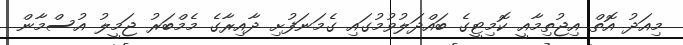
މިއަދު އޮތް އިޖުތިމާއީ ކޮމިޓީގެ ބައްދަލުވުމުގައި ގެމަނަފުށި ދާއިރާގެ މެމްބަރު ޖަމީލު އުސްމާން